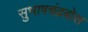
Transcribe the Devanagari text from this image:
सुभाषचंद्रबोस